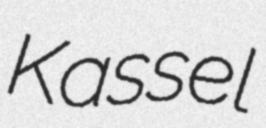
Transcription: Kassel